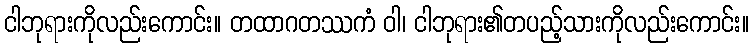
ငါဘုရားကိုလည်းကောင်း။ တထာဂတဿကံ ဝါ၊ ငါဘုရား၏တပည့်သားကိုလည်းကောင်း။